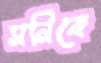
সনিকে